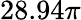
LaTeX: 28.94\pi